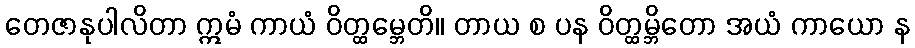
တေဇာနုပါလိတာ ဣမံ ကာယံ ဝိတ္ထမ္ဘေတိ။ တာယ စ ပန ဝိတ္ထမ္ဘိတော အယံ ကာယော န